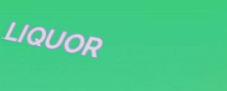
LIQUOR